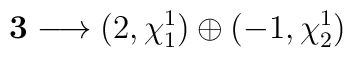
{\bf 3} \longrightarrow (2,\chi_{1}^{1}) \oplus (-1,\chi_{2}^{1})